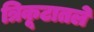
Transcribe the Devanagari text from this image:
त्रिकूटातले